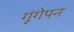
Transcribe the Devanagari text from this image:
गूंगेपन